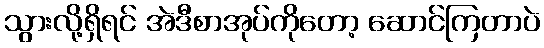
သွားလို့ရှိရင် အဲဒီစာအုပ်ကိုတော့ ဆောင်ကြတာပဲ